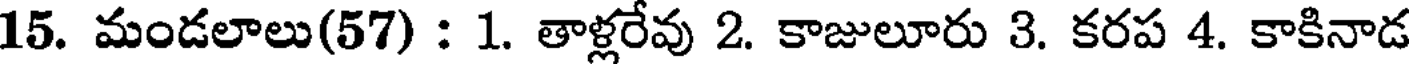
15. మండలాలు(57) : 1. తాళ్లరేవు 2. కాజులూరు 3. కరప 4. కాకినాడ